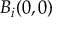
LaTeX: B _ { i } ( 0 , 0 )